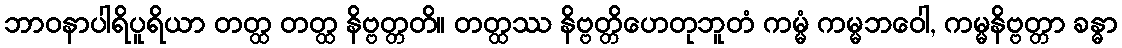
ဘာဝနာပါရိပူရိယာ တတ္ထ တတ္ထ နိဗ္ဗတ္တတိ။ တတ္ထဿ နိဗ္ဗတ္တိဟေတုဘူတံ ကမ္မံ ကမ္မဘဝေါ, ကမ္မနိဗ္ဗတ္တာ ခန္ဓာ